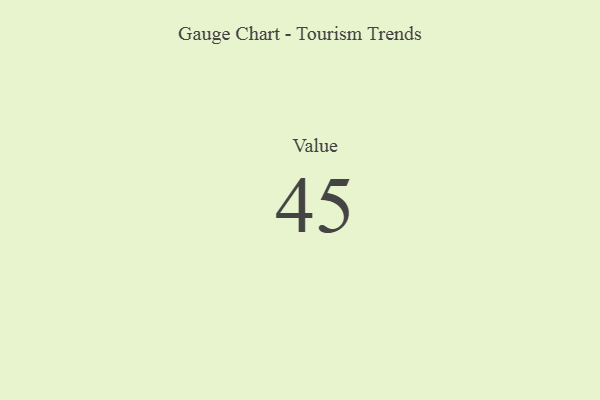
{"axis": {"x": "Metric", "y": "Value"}, "legend": [""], "data": [{"x": "Value", "y": 45, "type": ""}]}